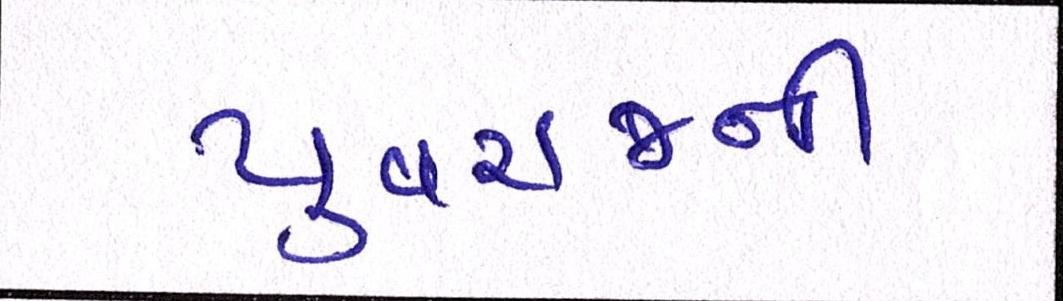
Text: યુવરાજની